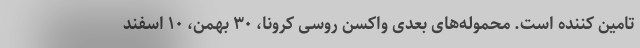
تامین کننده است. محموله‌های بعدی واکسن روسی کرونا، ۳۰ بهمن، ۱۰ اسفند